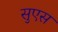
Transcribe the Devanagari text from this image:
सुएस